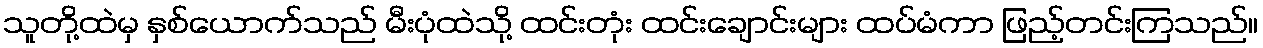
သူတို့ထဲမှ နှစ်ယောက်သည် မီးပုံထဲသို့ ထင်းတုံး ထင်းချောင်းများ ထပ်မံကာ ဖြည့်တင်းကြသည်။